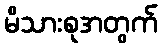
မိသားစုအတွက်